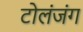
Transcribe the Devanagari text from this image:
टोलंजंग